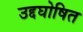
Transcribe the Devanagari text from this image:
उद्दघोषित